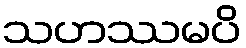
သဟဿမပိ